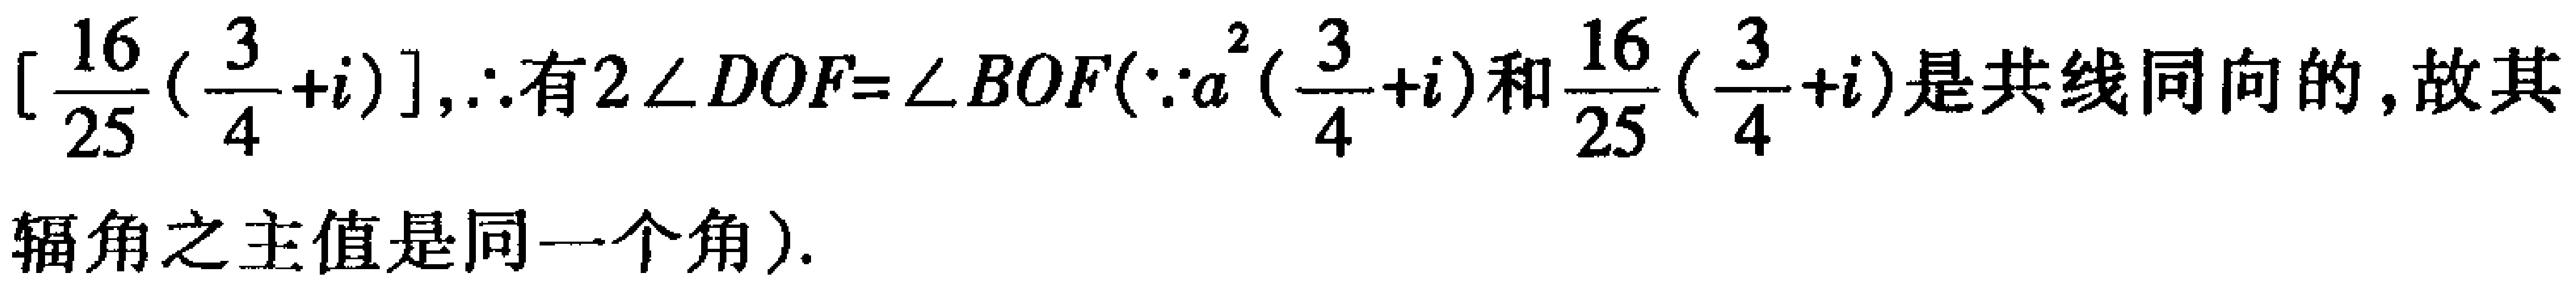
$\left[\frac{16}{25}(\frac{3}{4}+i)\right],\therefore 有2\angle DOF = \angle BOF(\because a^{2}(\frac{3}{4}+i)和\frac{16}{25}(\frac{3}{4}+i)是共线同向的,故其辐角之主值是同一个角).$